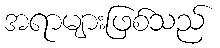
အရာများဖြစ်သည်